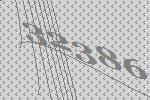
32386